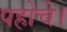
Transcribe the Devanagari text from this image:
पहोचे।